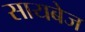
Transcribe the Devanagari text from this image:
सायबेज